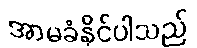
အာမခံနိုင်ပါသည်